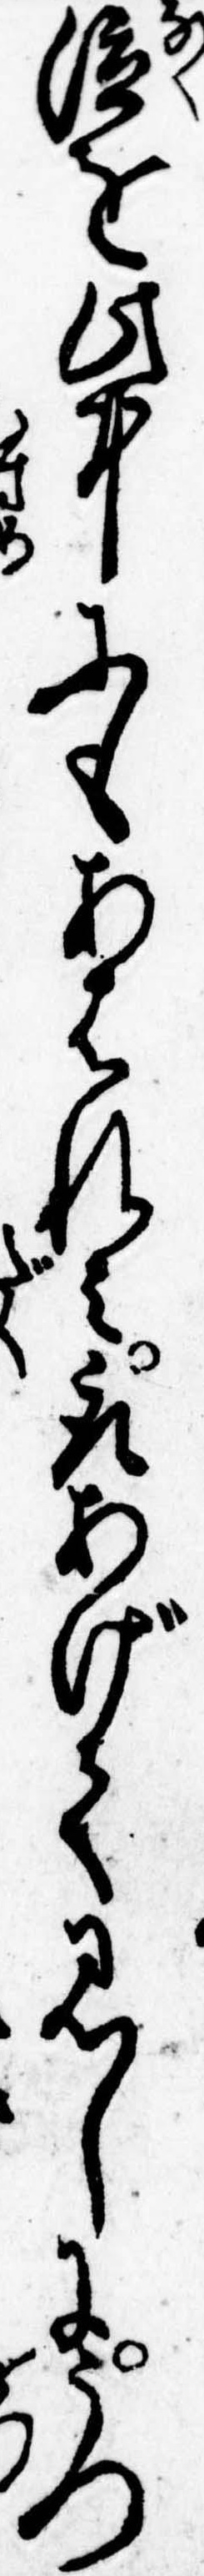
泣を此中にもあはれみ取あげて見しにうつ